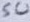
Text: 5U